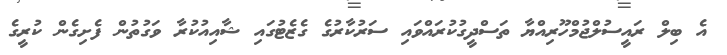
އެ ބިލް ރައީސުލްޖުމްހޫރިއްޔާ ތަސްދީގުކުރައްވައި ސަރުކާރުގެ ގެޒެޓުގައި ޝާއިއުކުރާ ވަގުތުން ފެށިގެން ކުރީގެ